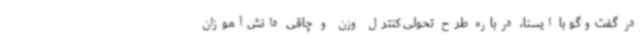
در گفت‌وگو با ایسنا، درباره طرح تحولی کنترل وزن و چاقی دانش‌آموزان